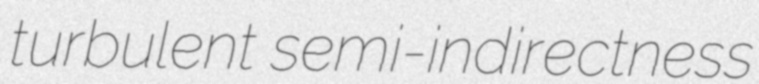
turbulent semi-indirectness